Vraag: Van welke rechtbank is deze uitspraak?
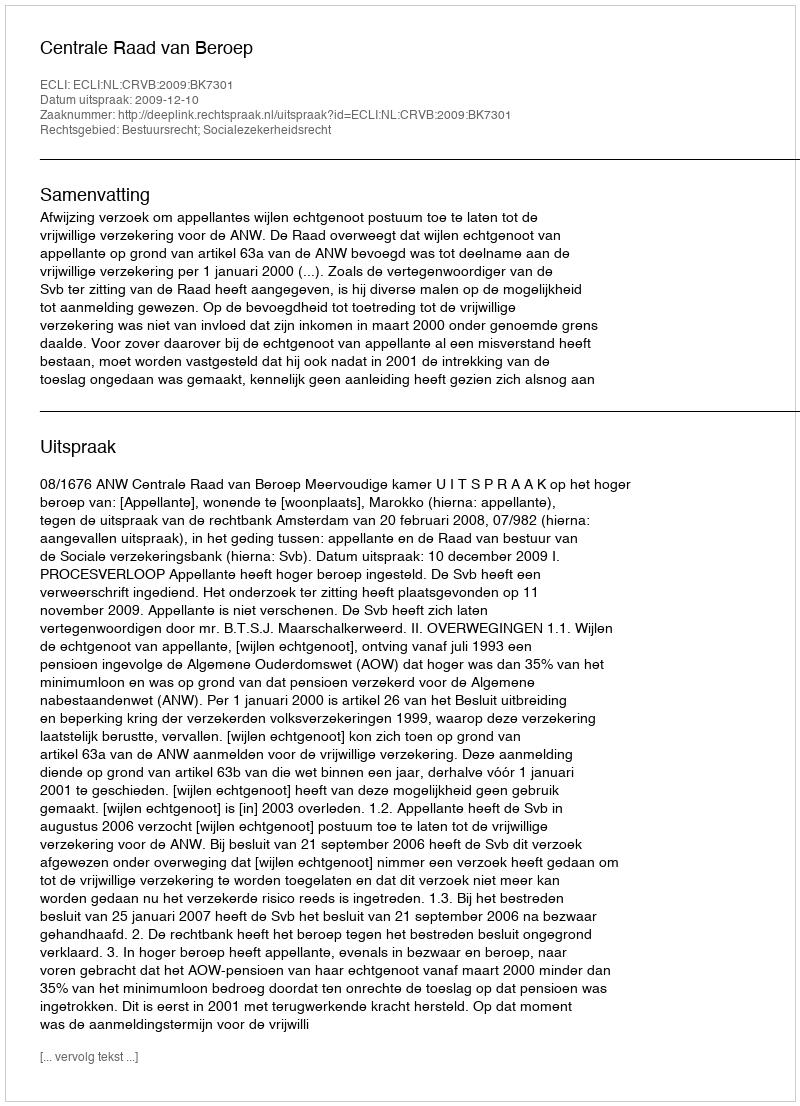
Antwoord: Centrale Raad van Beroep